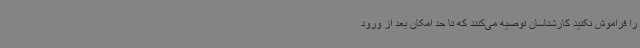
را فراموش نکنید کارشناسان توصیه می‌کنند که تا حد امکان بعد از ورود